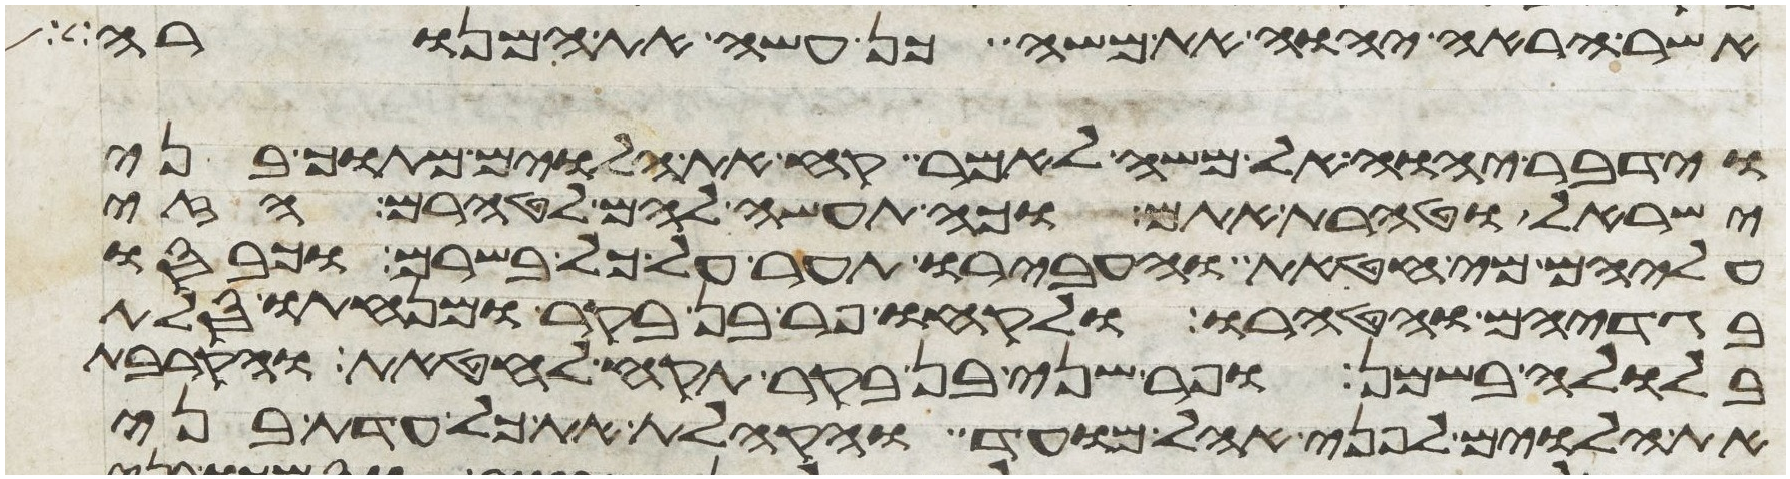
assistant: אשר הראה יהוה את משה כן עשה את המנורה
וידבר יהוה אל משה לאמר קח את הלוים מתוך בני
ישראל וטהרת אתם וכה תעשה להם לטהרם הזי
עליהם מי חטאת והעבירו תער על כל בשרם וכבסו
בגדיהם והטהרו ולקחו פר בן בקר ומנחתו סלת
בלולה בשמן ופר שני בן בקר תקח לחטאת והקרבת
את הלוים לפני אהל מועד והקהלת את כל עדת בני